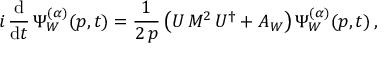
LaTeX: i \, \frac { \mathrm { d } } { \mathrm { d } t } \, \Psi _ { W } ^ { ( \alpha ) } ( p , t ) = \frac { 1 } { 2 \, p } \left( U \, M ^ { 2 } \, U ^ { \dagger } + A _ { W } \right) \Psi _ { W } ^ { ( \alpha ) } ( p , t ) \, ,